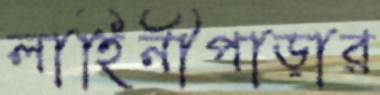
লাহিনীপাড়ার